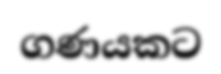
ගණයකට